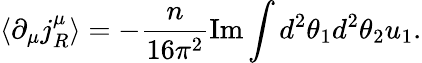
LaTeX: \langle\partial_{\mu}j_{R}^{\mu}\rangle=-\frac{n}{16\pi^{2}}\mathrm{Im}\int d^{2}\theta_{1}d^{2}\theta_{2}u_{1}.